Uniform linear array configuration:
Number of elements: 24
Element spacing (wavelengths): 0.5
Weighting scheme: binomial
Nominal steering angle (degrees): -15
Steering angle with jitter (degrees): -13.175
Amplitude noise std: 0.05
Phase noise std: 0.05

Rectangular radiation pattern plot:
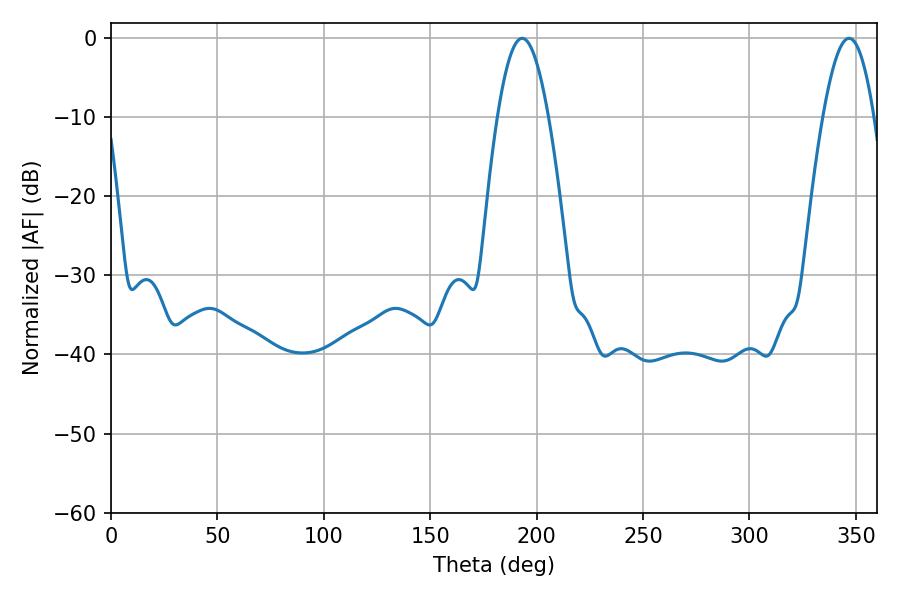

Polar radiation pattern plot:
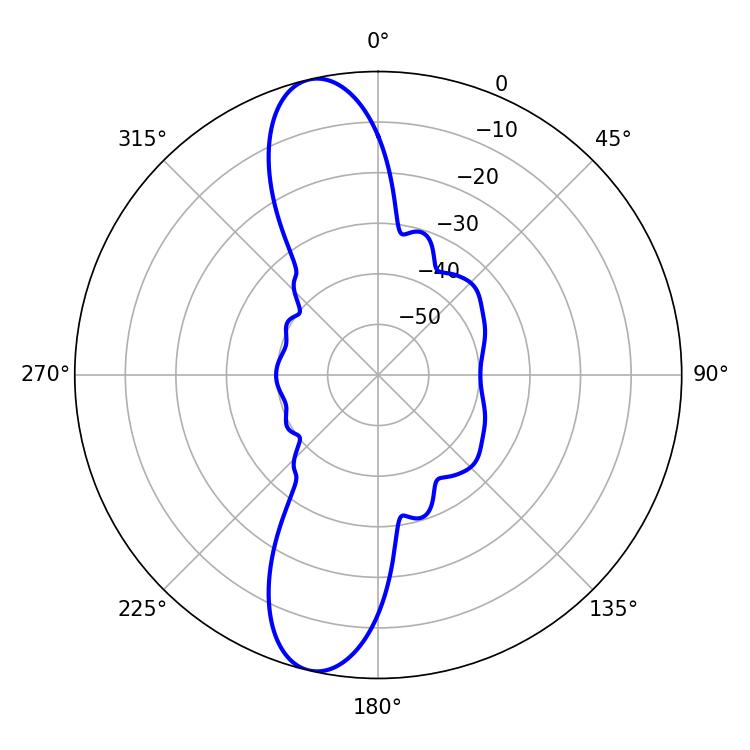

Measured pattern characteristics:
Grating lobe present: FALSE
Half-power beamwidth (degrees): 12.96
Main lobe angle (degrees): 193.14